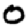
Digit: 0